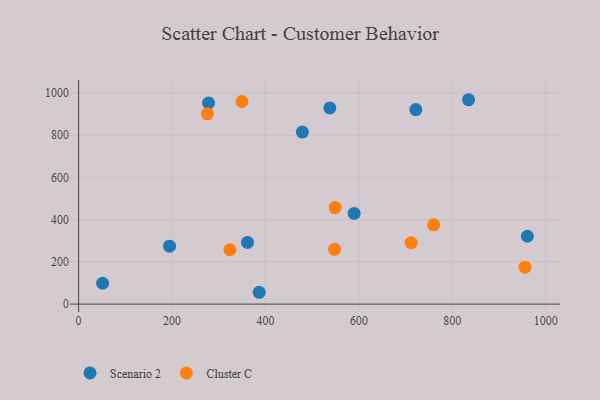
{"axis": {"x": "Experience", "y": "Rating"}, "legend": ["Cluster C", "Scenario 2"], "data": [{"x": "386.5", "y": 56.0, "type": "Scenario 2"}, {"x": "479.0", "y": 814.7, "type": "Scenario 2"}, {"x": "278.2", "y": 952.4, "type": "Scenario 2"}, {"x": "194.7", "y": 274.4, "type": "Scenario 2"}, {"x": "537.8", "y": 929.0, "type": "Scenario 2"}, {"x": "960.7", "y": 321.3, "type": "Scenario 2"}, {"x": "834.8", "y": 967.8, "type": "Scenario 2"}, {"x": "361.5", "y": 291.9, "type": "Scenario 2"}, {"x": "721.9", "y": 921.0, "type": "Scenario 2"}, {"x": "589.8", "y": 429.2, "type": "Scenario 2"}, {"x": "51.4", "y": 98.8, "type": "Scenario 2"}, {"x": "955.7", "y": 174.9, "type": "Cluster C"}, {"x": "549.3", "y": 457.0, "type": "Cluster C"}, {"x": "275.6", "y": 901.1, "type": "Cluster C"}, {"x": "548.0", "y": 259.6, "type": "Cluster C"}, {"x": "711.9", "y": 291.0, "type": "Cluster C"}, {"x": "760.1", "y": 375.4, "type": "Cluster C"}, {"x": "323.8", "y": 257.6, "type": "Cluster C"}, {"x": "349.8", "y": 959.4, "type": "Cluster C"}]}